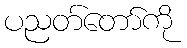
ပညတ်တော်ကို